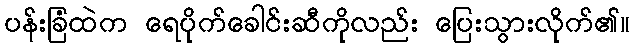
ပန်းခြံထဲက ရေပိုက်ခေါင်းဆီကိုလည်း ပြေးသွားလိုက်၏။